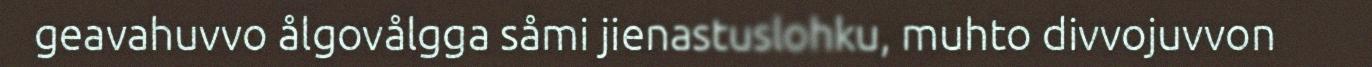
geavahuvvo ålgovålgga såmi jienastuslohku, muhto divvojuvvon